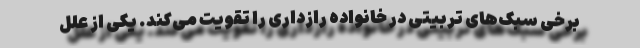
برخی سبک‌های تربیتی در خانواده رازداری را تقویت می‌کند. یکی از علل